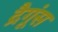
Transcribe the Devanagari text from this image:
द्रैगूंस